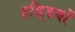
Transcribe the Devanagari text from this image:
हडि्‍डयों